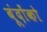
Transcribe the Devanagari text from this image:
बूंदोंको